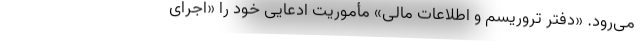
می‌رود. «دفتر تروریسم و اطلاعات مالی» مأموریت ادعایی خود را «اجرای